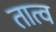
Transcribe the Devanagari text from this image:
तात्व